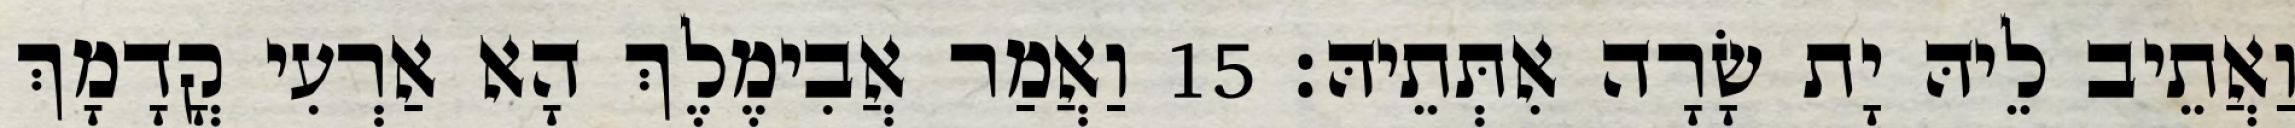
וַאֲתֵיב לֵיהּ יָת שָׂרָה אִתְּתֵיהּ׃ 15 וַאֲמַר אֲבִימֶלֶךְ הָא אַרְעִי קֳדָמָךְ